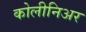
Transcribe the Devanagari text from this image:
कोलीनिअर